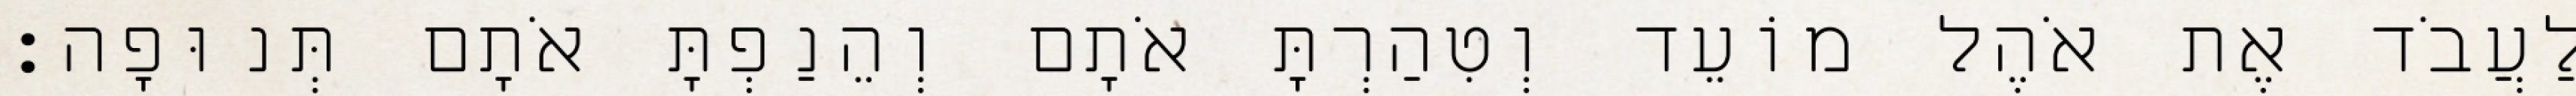
לַעֲבֹד אֶת אֹהֶל מוֹעֵד וְטִהַרְתָּ אֹתָם וְהֵנַפְתָּ אֹתָם תְּנוּפָה׃